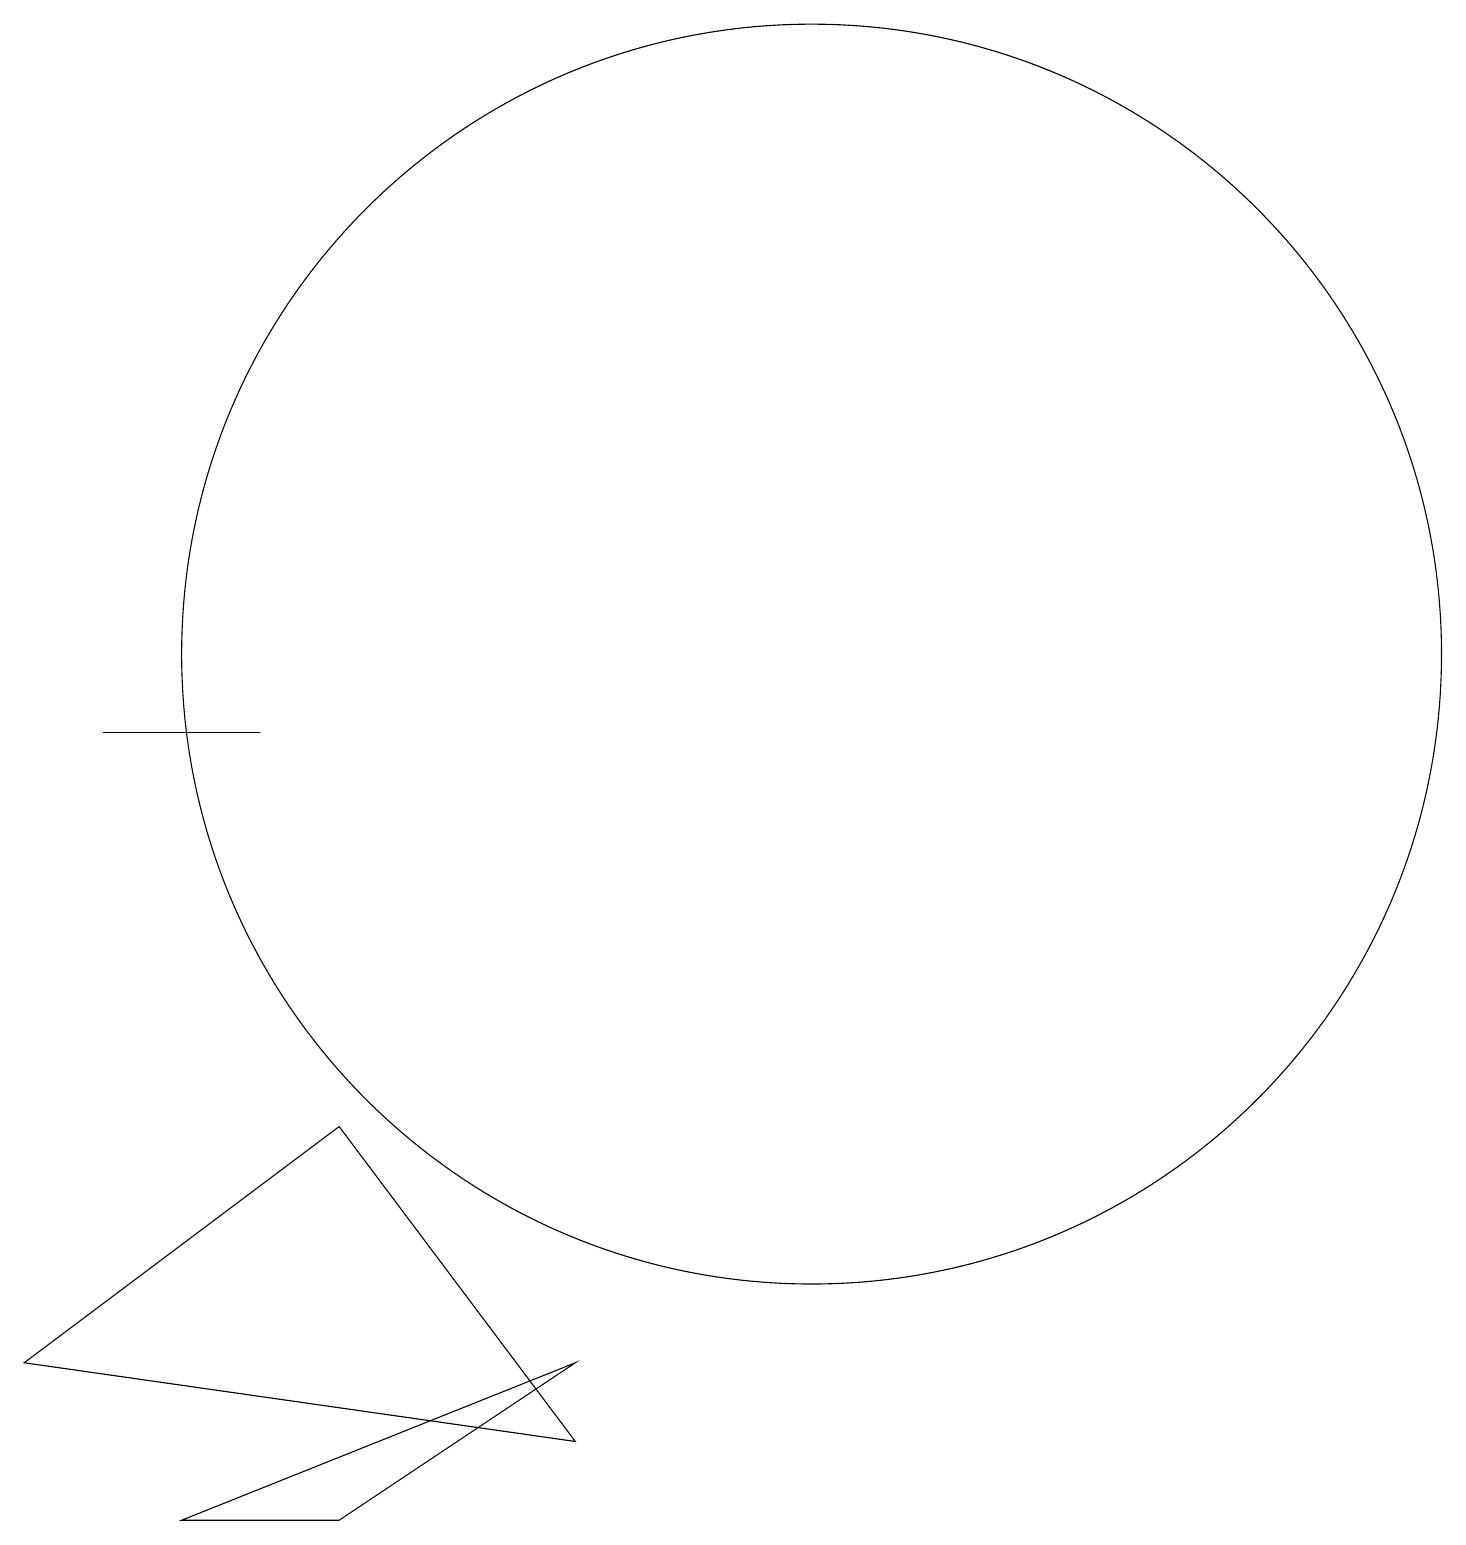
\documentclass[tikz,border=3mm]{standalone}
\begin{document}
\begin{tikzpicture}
\draw (5,10) rectangle (3,10);
\draw (12,11) circle (8);
\draw (6,5) -- (2,2) -- (9,1) -- cycle;
\draw (9,2) -- (6,0) -- (4,0) -- cycle;
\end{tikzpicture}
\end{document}